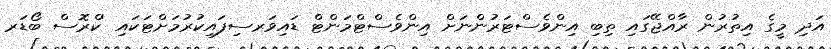
އަދި މީގެ އިތުރުން ރާއްޖޭގައި ތިބި އިންވެސްޓަރުންނަށް އިންވެސްޓްމަންޓް ޑައިވަރސިފައިކުރުމަށްޓަކައި 'ކްރޮސް ބޯޑަރ